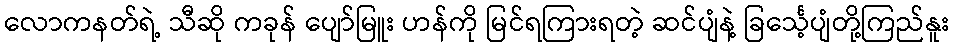
လောကနတ်ရဲ့ သီဆို ကခုန် ပျော်မြူး ဟန်ကို မြင်ရကြားရတဲ့ ဆင်ပျံနဲ့ ခြင်္သေ့ပျံတို့ကြည်နူး